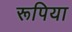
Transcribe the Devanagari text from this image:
रूपिया